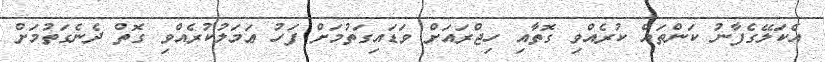
އެކަލޭގެފާނު ކަންތައް ކުރެއްވި ގޮތާއި ހިޖްރައަށް ވަޑައިގަތުމަށް ފަހު ޢަމަލުކުރެއްވި ގޮތް ދެނެގަތުމަށް